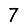
Digit: 7